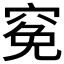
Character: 𥦙